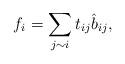
LaTeX: \begin{align*}f_i =\sum_{ j\sim i} t_{ij} \hat{b}_{ij},\end{align*}